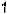
1